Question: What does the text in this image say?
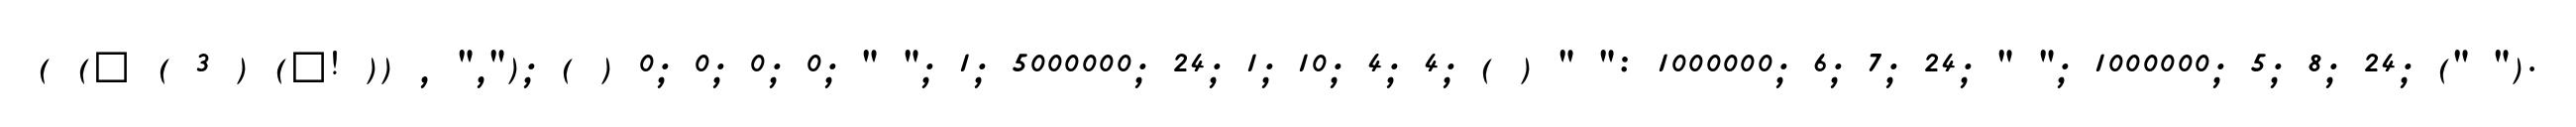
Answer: ( (? ( 3 ) (?! )) , ","); ( ) 0; 0; 0; 0; " "; 1; 5000000; 24; 1; 10; 4; 4; ( ) " ": 1000000; 6; 7; 24; " "; 1000000; 5; 8; 24; (" ").